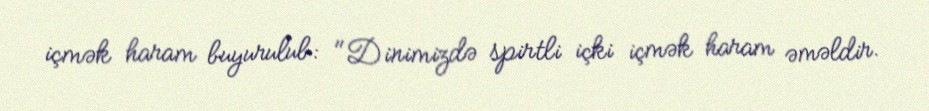
içmək haram buyurulub: "Dinimizdə spirtli içki içmək haram əməldir.